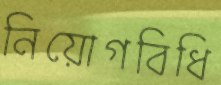
নিয়োগবিধি